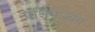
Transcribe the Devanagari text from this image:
पश्चिमान्वय